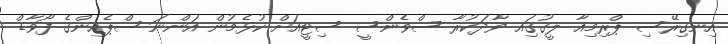
އިނގިރޭސި ޕްރިމިއާ ލީގުގަިއ ވާދަކުރާ ސްވެންސީ ސިޓީއަށް ކުޅެމުން އަންނަ ސްޕެއިންގެ ފޯވާޑް